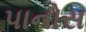
પાનોસ